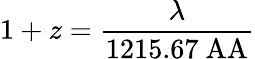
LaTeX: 1+z={\frac{\lambda}{1215.67\mathrm{\ AA}}}